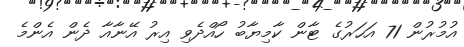
އުމުރުން 71 އަހަރުގެ ޓާން ކާމިޔާބު ހޯއްދެވި އިރު އޭނާއާ ދެން އެންމެ